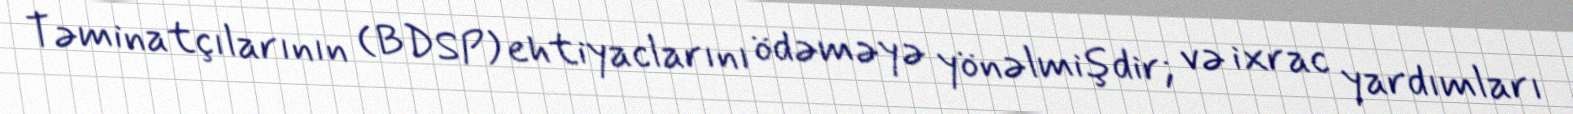
Təminatçılarının (BDSP) ehtiyaclarını ödəməyə yönəlmişdir; və ixrac yardımları